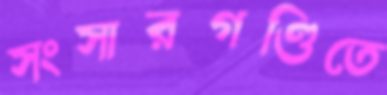
সংসারগণ্ডিতে